Lunatic asylums Madras 1877-1891 - 1877-1891
Year: 1877
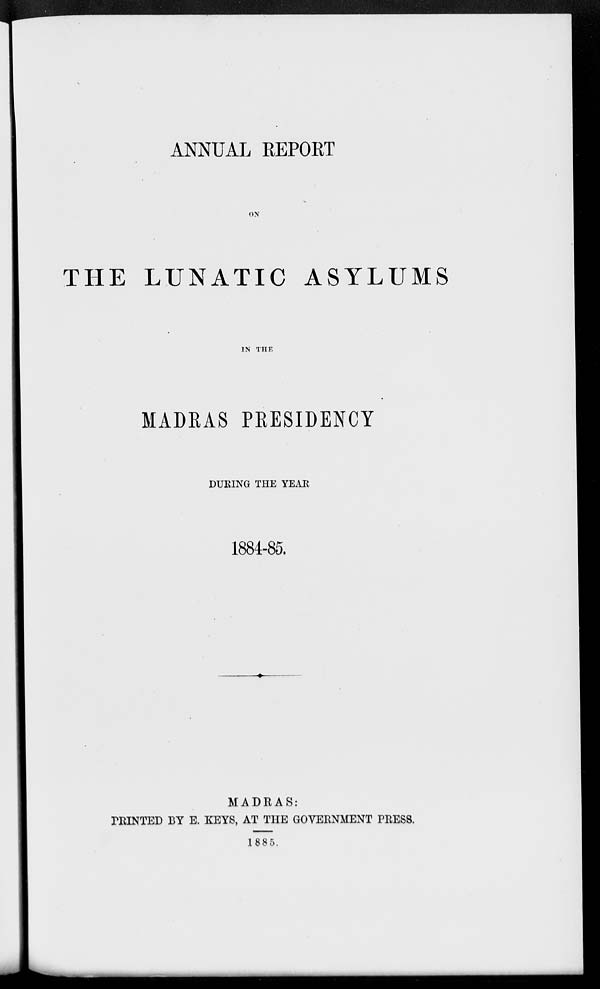
ANNUAL REPORT
ON
THE LUNATIC ASYLUMS
IN THE
MADRAS PRESIDENCY
DURING THE YEAR
1884-85.
MADRAS:
PRINTED BY E. KEYS, AT THE GOVERNMENT PRESS.
1885.